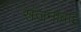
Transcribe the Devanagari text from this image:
संजनाबाई